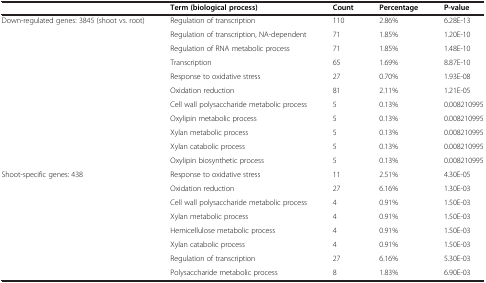
<table><thead><tr><td><b> </b></td><td><b>Term (biological process)</b></td><td><b>Count</b></td><td><b>Percentage</b></td><td><b>P-value</b></td></tr></thead><tbody><tr><td>Down-regulated genes: 3845 (shoot vs. root)</td><td>Regulation of transcription</td><td>110</td><td>2.86%</td><td>6.28E-13</td></tr><tr><td> </td><td>Regulation of transcription, NA-dependent</td><td>71</td><td>1.85%</td><td>1.20E-10</td></tr><tr><td> </td><td>Regulation of RNA metabolic process</td><td>71</td><td>1.85%</td><td>1.48E-10</td></tr><tr><td> </td><td>Transcription</td><td>65</td><td>1.69%</td><td>8.87E-10</td></tr><tr><td> </td><td>Response to oxidative stress</td><td>27</td><td>0.70%</td><td>1.93E-08</td></tr><tr><td> </td><td>Oxidation reduction</td><td>81</td><td>2.11%</td><td>1.21E-05</td></tr><tr><td> </td><td>Cell wall polysaccharide metabolic process</td><td>5</td><td>0.13%</td><td>0.008210995</td></tr><tr><td> </td><td>Oxylipin metabolic process</td><td>5</td><td>0.13%</td><td>0.008210995</td></tr><tr><td> </td><td>Xylan metabolic process</td><td>5</td><td>0.13%</td><td>0.008210995</td></tr><tr><td> </td><td>Xylan catabolic process</td><td>5</td><td>0.13%</td><td>0.008210995</td></tr><tr><td> </td><td>Oxylipin biosynthetic process</td><td>5</td><td>0.13%</td><td>0.008210995</td></tr><tr><td>Shoot-specific genes: 438</td><td>Response to oxidative stress</td><td>11</td><td>2.51%</td><td>4.30E-05</td></tr><tr><td> </td><td>Oxidation reduction</td><td>27</td><td>6.16%</td><td>1.30E-03</td></tr><tr><td> </td><td>Cell wall polysaccharide metabolic process</td><td>4</td><td>0.91%</td><td>1.50E-03</td></tr><tr><td> </td><td>Xylan metabolic process</td><td>4</td><td>0.91%</td><td>1.50E-03</td></tr><tr><td> </td><td>Hemicellulose metabolic process</td><td>4</td><td>0.91%</td><td>1.50E-03</td></tr><tr><td> </td><td>Xylan catabolic process</td><td>4</td><td>0.91%</td><td>1.50E-03</td></tr><tr><td> </td><td>Regulation of transcription</td><td>27</td><td>6.16%</td><td>5.30E-03</td></tr><tr><td> </td><td>Polysaccharide metabolic process</td><td>8</td><td>1.83%</td><td>6.90E-03</td></tr></tbody></table>